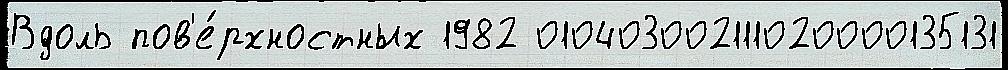
Вдоль пов'е́рхностных 1982 010403002111020000135131